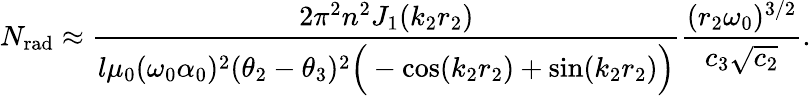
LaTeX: N_{\mathrm{rad}}\approx\frac{2\pi^{2}n^{2}J_{1}(k_{2}r_{2})}{l\mu_{0}(\omega_{0}\alpha_{0})^{2}(\theta_{2}-\theta_{3})^{2}\Big(-\cos(k_{2}r_{2})+\sin(k_{2}r_{2})\Big)}\frac{(r_{2}\omega_{0})^{3/2}}{c_{3}\sqrt{c_{2}}}.